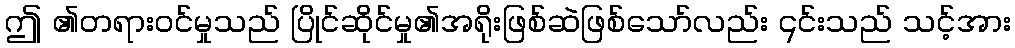
ဤ ၏တရားဝင်မှုသည် ပြိုင်ဆိုင်မှု၏အရိုးဖြစ်ဆဲဖြစ်သော်လည်း ၎င်းသည် သင့်အား